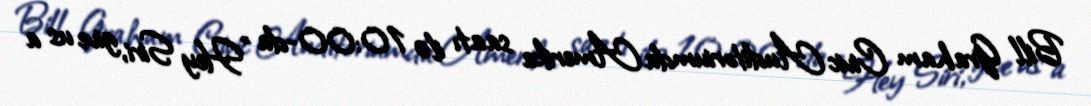
Bill Graham Civic Auditoriumda Amerika saatı ilə 10:00-da "Hey Siri, give us a